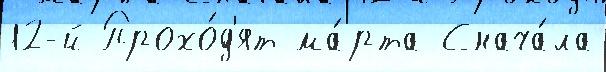
12-й Прохо́д'ят ма́рта Снача́ла